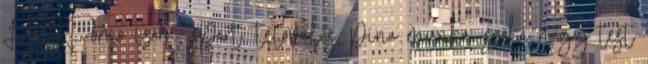
HellPorno izom, sport, tetoválás, pina munka, szőke nagy test